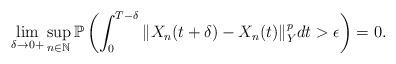
LaTeX: \begin{align*}\lim_{\delta\rightarrow 0+} \sup_{n\in\mathbb{N}} \mathbb{P} \left( \int_0^{T-\delta} \Vert X_n (t+\delta) - X_n (t) \Vert_Y^p dt > \epsilon \right) = 0 .\end{align*}